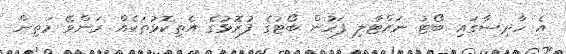
އެ ހާދިސާގައި ބޯޓު ނައްޓާލި ފަހުން ބޯޓުގެ ފުރޮޅުގެ އެތިކޮޅުތަކެއް ރަންވޭ މަތިން